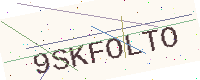
Text: 9SKFOLTO